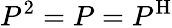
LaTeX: P^{2}=P=P^{\mathrm{H}}